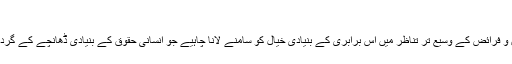
۵
انسانی حقوق و فرائض کے وسیع تر تناظر میں اس برابری کے بنیادی خیال کو سامنے لانا چاہیے جو انسانی حقوق کے بنیادی ڈھانچے کے گرد گھومتا ہے۔